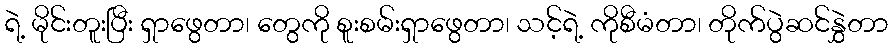
ရဲ့ မိုင်းတူးပြီး ရှာဖွေတာ၊ တွေကို စူးစမ်းရှာဖွေတာ၊ သင့်ရဲ့ ကိုစီမံတာ၊ တိုက်ပွဲဆင်နွှဲတာ